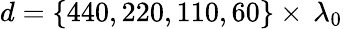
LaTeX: d=\{ 440,220,110,60\} \times\, \lambda_{0}